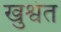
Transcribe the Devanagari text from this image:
खुश्वंत